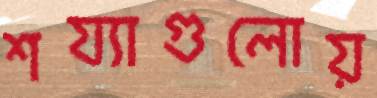
শয্যাগুলোয়